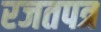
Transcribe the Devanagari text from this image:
रजतपत्र